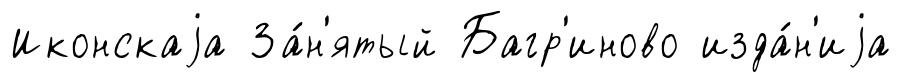
Иконскаjа За́н'ятый Багр'иново изда́н'иjа